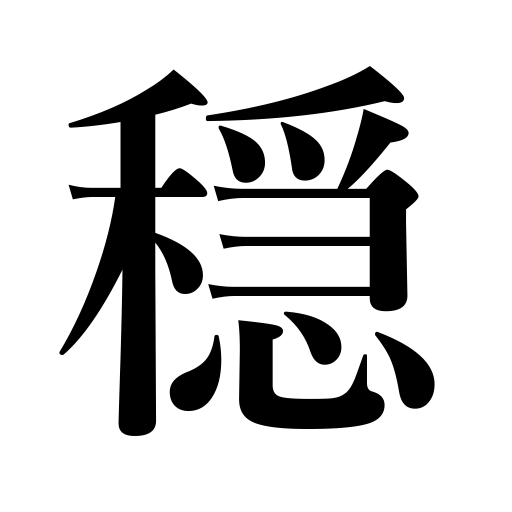
Meanings: calm,quiet,moderation,peace